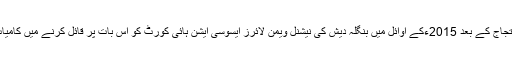
ان کے احتجاج کے بعد 2015ءکے اوائل میں بنگلہ دیش کی نیشنل ویمن لائرز ایسوسی ایشن ہائی کورٹ کو اس بات پر قائل کرنے میں کامیاب ہو گئی۔